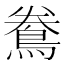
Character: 𪀲